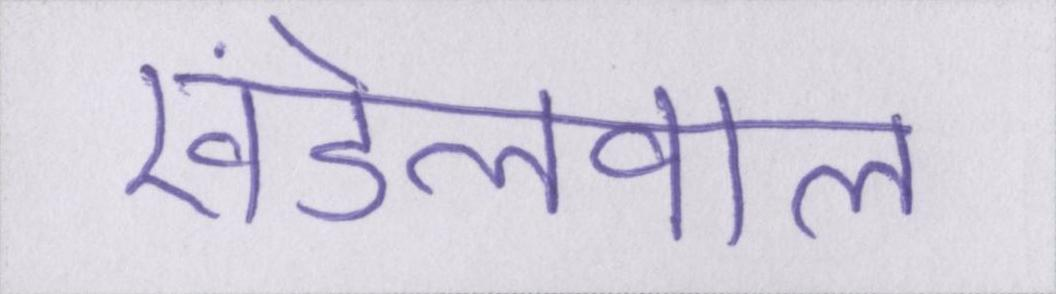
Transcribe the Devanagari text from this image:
खंडेलवाल